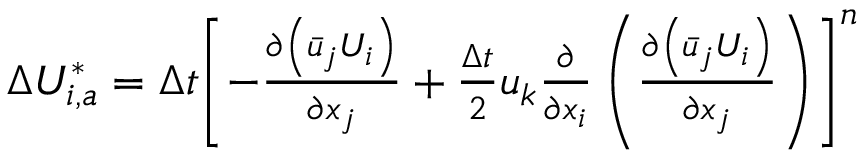
\begin{array} { r } { \Delta U _ { i , a } ^ { * } = \Delta t { { \left[ - \frac { \partial \left( { { { \bar { u } } } _ { j } } { { U } _ { i } } \right) } { \partial { { x } _ { j } } } + \frac { \Delta t } { 2 } { { u } _ { k } } \frac { \partial } { \partial { { x } _ { i } } } \left( \frac { \partial \left( { { { \bar { u } } } _ { j } } { { U } _ { i } } \right) } { \partial { { x } _ { j } } } \right) \right] } ^ { n } } } \end{array}